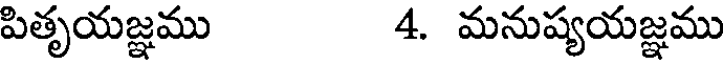
పితృయజ్ఞము 4. మనుష్యయజ్ఞము